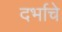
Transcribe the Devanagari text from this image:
दर्भाचे